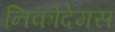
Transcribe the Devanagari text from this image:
निकोदेमस